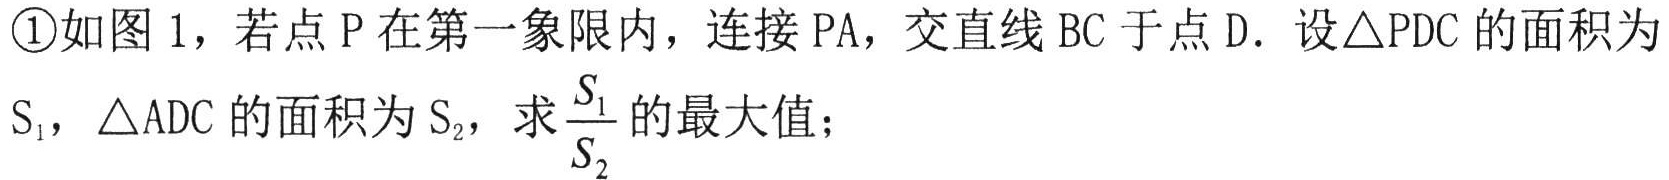
\textcircled{1}如图1，若点P在第一象限内，连接PA，交直线BC于点D．设\(\triangle PDC\)的面积为\(S_{1}\)，\(\triangle ADC\)的面积为\(S_{2}\)，求\(\frac{S_{1}}{S_{2}}\)的最大值；